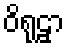
ဝိရုဠှာ